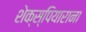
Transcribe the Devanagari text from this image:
शेक्स्पियाराना